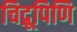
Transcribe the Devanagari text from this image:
चिद्रूपिणि